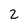
Character: 2